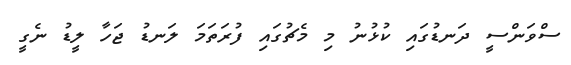
ސްވަންސީ ދަނޑުގައި ކުޅުނު މި މެޗުގައި ފުރަތަމަ ލަނޑު ޖަހާ ލީޑު ނެގީ